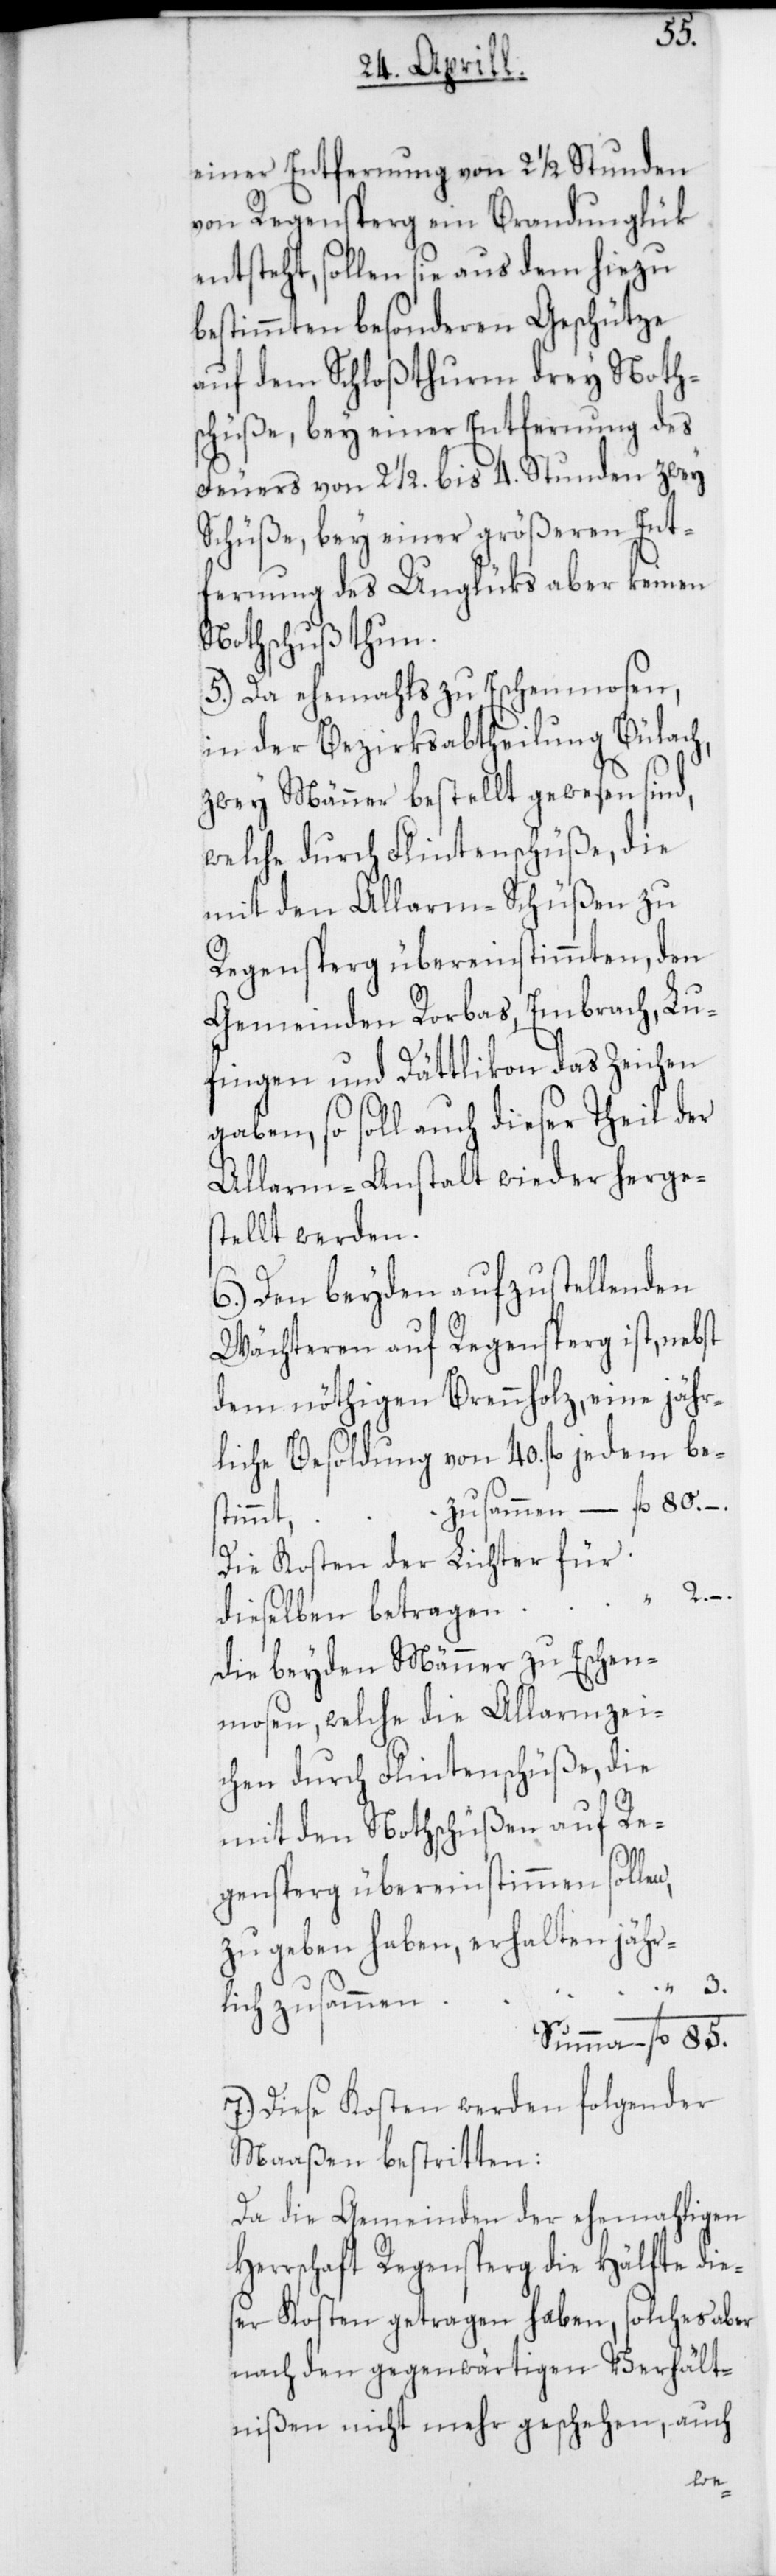
einer Entfernung von 2 1/2 Stunden
von Regensperg ein Brandunglük
entsteht, sollen sie aus dem hiezu
bestimmten besonderen Geschütze
auf dem Schloßthurm drey Noth¬
schüße, bey einer Entfernung des
Feuers von 2 1/2 bis 4 Stunden zwey
Schüße, bey einer größeren Ent¬
fernung des Unglüks aber keinen
Nothschuß thun.
5.) Da ehemahls zu Eschenmosen,
in der Bezirksabtheilung Bülach,
zwey Männer bestellt gewesen sind,
welche durch Flintenschüße die
mit den Alarm-Schüßen zu
Regensperg übereinstimmten, den
Gemeinden Rorbas, Embrach, Lu¬
fingen und Dättlikon das Zeichen
gaben, so soll auch dieser Theil der
Alarm-Anstalt wieder herges¬
tellt werden.
6.) Den beyden aufzustellenden
Wächteren auf Regensperg ist, nebst
dem nöthigen Brennholz, eine jähr¬
liche Besoldung von 40 f¬
zusammen – fl. 80. –.
timmt,
Die Kosten der Lichter für
gen¬
dieselben betragen
die beyden Männer zu Eschen¬
mosen, welche die Alarmzei¬
mit den Nothschüßen auf Re¬
len,
zu geben haben, erhalten jähr¬
lich	zusammen
Summa 	fl. 85.
7.) Diese Kosten werden folgender
Maaßen bestritten:
Da die Gemeinden der ehemahliogen
Herrschaft Regensperg die Hälfte die¬
ser Kosten getragen haben, solches aber
nach den gegenwärtigen Verhält¬
nißen nicht mehr geschehen, auch
die